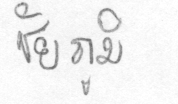
ชัยภูมิ